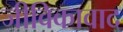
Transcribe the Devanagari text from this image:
जीविकावाद